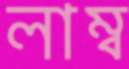
লাম্ব